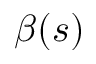
\beta ( s )